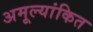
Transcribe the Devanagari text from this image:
अमूल्यांकित